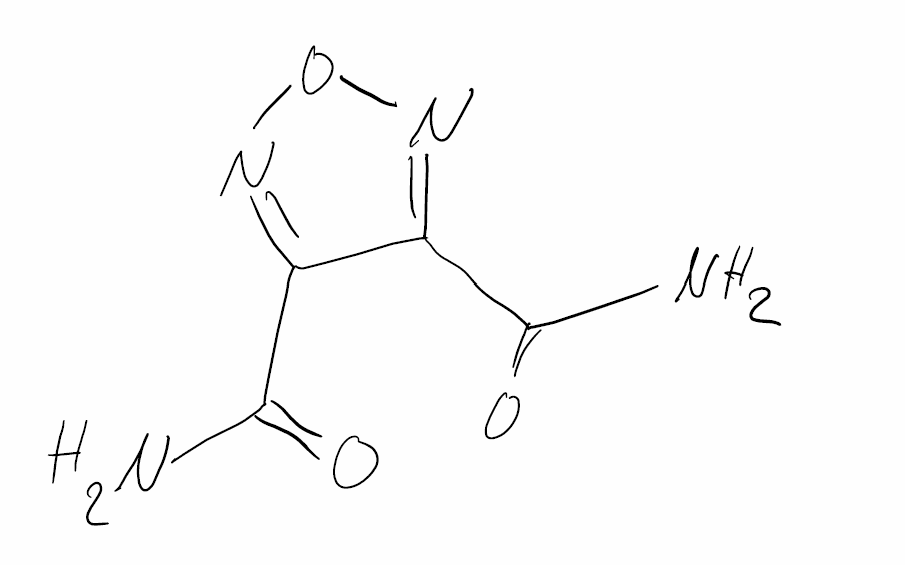
Simplified molecular-input line-entry system (SMILES) notation of the given molecule:
C1(=NON=C1C(=O)N)C(=O)N